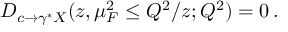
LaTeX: D _ { c \rightarrow \gamma ^ { * } X } ( z , \mu _ { F } ^ { 2 } \le Q ^ { 2 } / z ; Q ^ { 2 } ) = 0 \, .